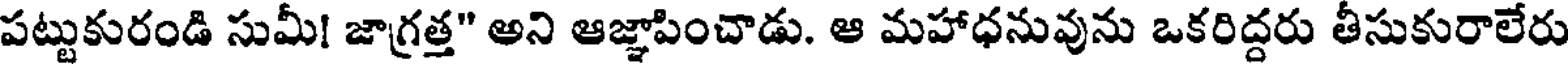
పట్టుకురండి సుమీ! జాగ్రత్త" అని ఆజ్ఞాపించాడు. ఆ మహాధనువును ఒకరిద్దరు తీసుకురాలేరు